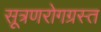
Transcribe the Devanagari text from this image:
सूत्रणरोगग्रस्त